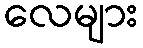
လေများ